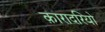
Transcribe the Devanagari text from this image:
क़ारादरियो